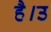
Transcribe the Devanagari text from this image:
है।उ